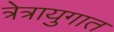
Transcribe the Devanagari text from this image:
त्रेत्रायुगात